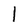
Character: 1